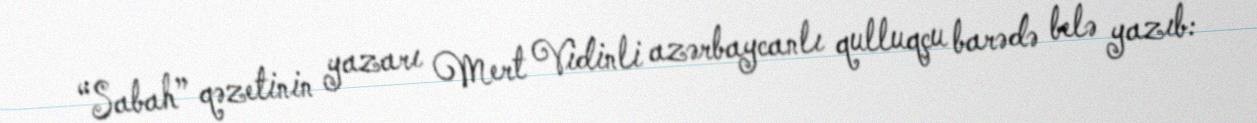
“Sabah” qəzetinin yazarı Mert Vidinli azərbaycanlı qulluqçu barədə belə yazıb: